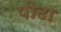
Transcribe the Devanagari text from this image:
पीढा